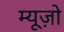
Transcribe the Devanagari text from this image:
म्यूज़ो